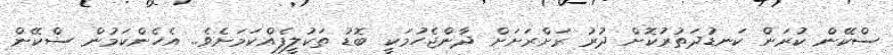
ސްކޭން ކުރަން ކަނޑުދަތުރުކޮށް ދުރު ރަށްރަށަށް ދާންޖެހުމަކީ ބޮޑު ތަކުލީފެއްކަމަށެވެ.. އެހެންކަމުން ސްކޭން